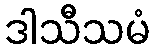
ဒါသီသမံ